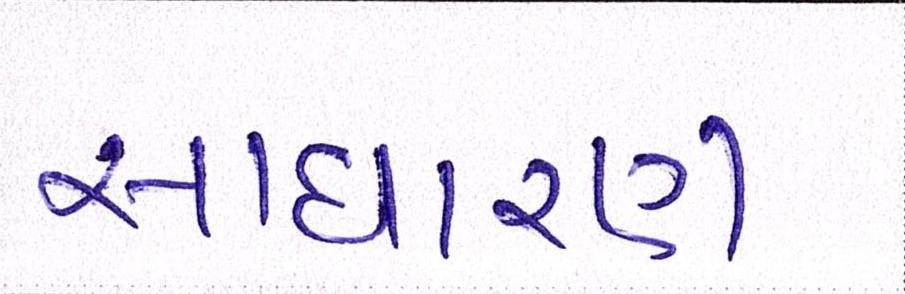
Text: સાઘારણ